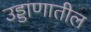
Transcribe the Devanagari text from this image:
उड्डाणातील